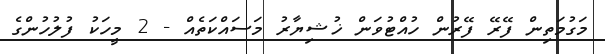
މަގުމަތިން ފޭރޭ ފޭރުން ހުއްޓުވަން ޚުޝިޔާރު މަސައްކަތެއް - 2 މީހަކު ފުލުހުންގެ